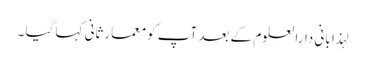
لہذا بانی دارالعلوم کے بعد آپ کو معمارثانی کہا گیا ۔